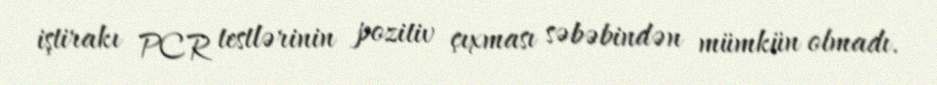
iştirakı PCR testlərinin pozitiv çıxması səbəbindən mümkün olmadı.